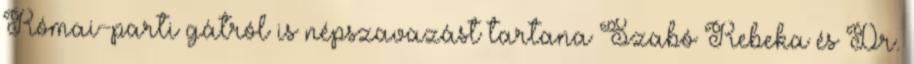
Római-parti gátról is népszavazást tartana Szabó Rebeka és Dr.